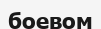
боевом